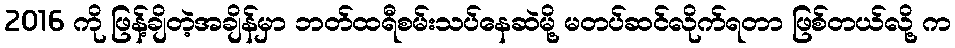
2016 ကို ဖြန့်ချိတဲ့အချိန်မှာ ဘတ်ထရီစမ်းသပ်နေဆဲမို့ မတပ်ဆင်လိုက်ရတာ ဖြစ်တယ်လို့ က